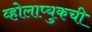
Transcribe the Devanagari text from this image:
व्होलाप्युकची